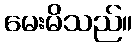
မေးမိသည်။